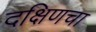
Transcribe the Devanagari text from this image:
दक्षिणचा